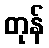
တုန်